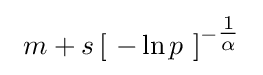
\ m+s\left[\ -\ln p\ \right]^{-{\tfrac {1}{\alpha }}}\